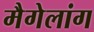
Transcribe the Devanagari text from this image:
मैगेलांग